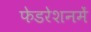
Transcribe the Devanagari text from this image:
फेडरेशनमें